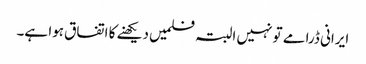
ایرانی ڈرامے تو نہیں البتہ فلمیں دیکھنے کا اتفاق ہوا ہے۔